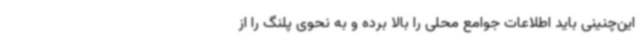
این‌چنینی باید اطلاعات جوامع محلی را بالا برده و به نحوی پلنگ را از